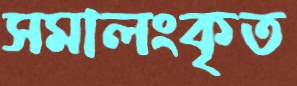
সমালংকৃত